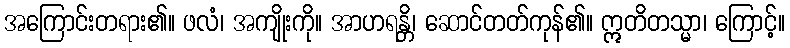
အကြောင်းတရား၏။ ဖလံ၊ အကျိုးကို။ အာဟရန္တိ၊ ဆောင်တတ်ကုန်၏။ ဣတိတသ္မာ၊ ကြောင့်။